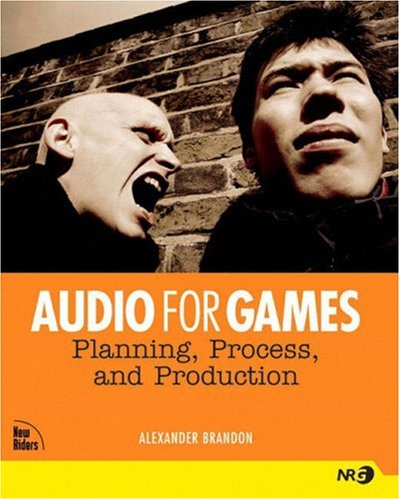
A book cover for Audio for Games: Planning, Process, and Production; Alexander Brandon; Computers & Technology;